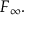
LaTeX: F _ { \infty } .